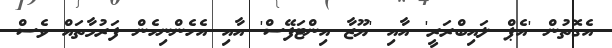
އެގޮތުން 'އެޕް ލައިބްރަރީ' އާއި 'ޔޫޒާ އިންޓަފޭސް' އާއި އެހެންނިހެން ފަރުމާތައް ވެސް